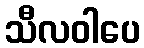
သီလဝါပေ